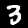
Label: 3